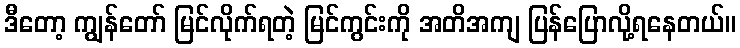
ဒီတော့ ကျွန်တော် မြင်လိုက်ရတဲ့ မြင်ကွင်းကို အတိအကျ ပြန်ပြောလို့ရနေတယ်။